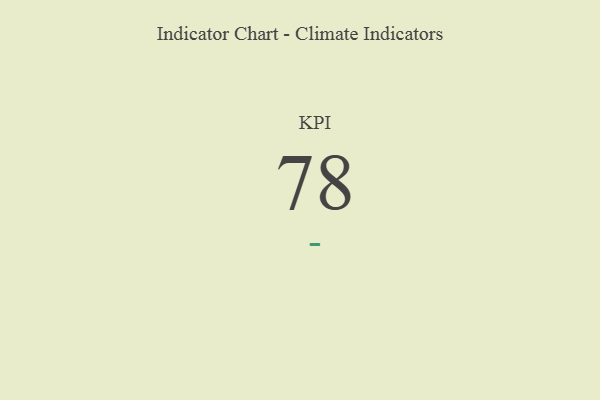
{"axis": {"x": "KPI", "y": "Value"}, "legend": [""], "data": [{"x": "KPI", "y": 78, "type": ""}]}